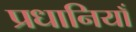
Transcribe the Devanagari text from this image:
प्रधानियाँ